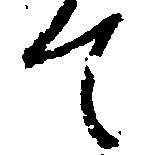
て